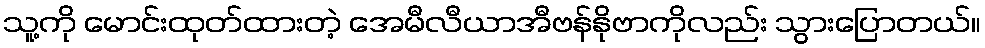
သူ့ကို မောင်းထုတ်ထားတဲ့ အေမီလီယာအီဗန်နိုဗာကိုလည်း သွားပြောတယ်။